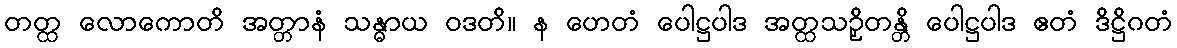
တတ္ထ လောကောတိ အတ္တာနံ သန္ဓာယ ဝဒတိ။ န ဟေတံ ပေါဋ္ဌပါဒ အတ္ထသဉှိတန္တိ ပေါဋ္ဌပါဒ ဧတံ ဒိဋ္ဌိဂတံ